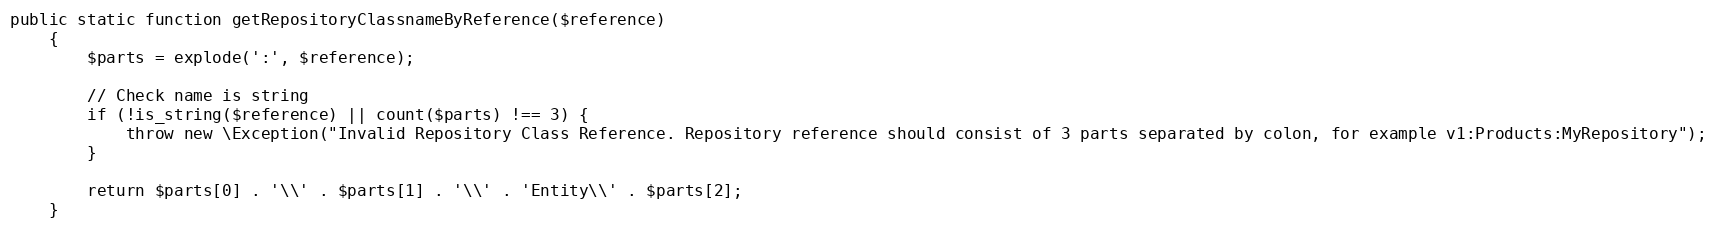
Language: PHP
public static function getRepositoryClassnameByReference($reference)
    {
        $parts = explode(':', $reference);

        // Check name is string
        if (!is_string($reference) || count($parts) !== 3) {
            throw new \Exception("Invalid Repository Class Reference. Repository reference should consist of 3 parts separated by colon, for example v1:Products:MyRepository");
        }

        return $parts[0] . '\\' . $parts[1] . '\\' . 'Entity\\' . $parts[2];
    }